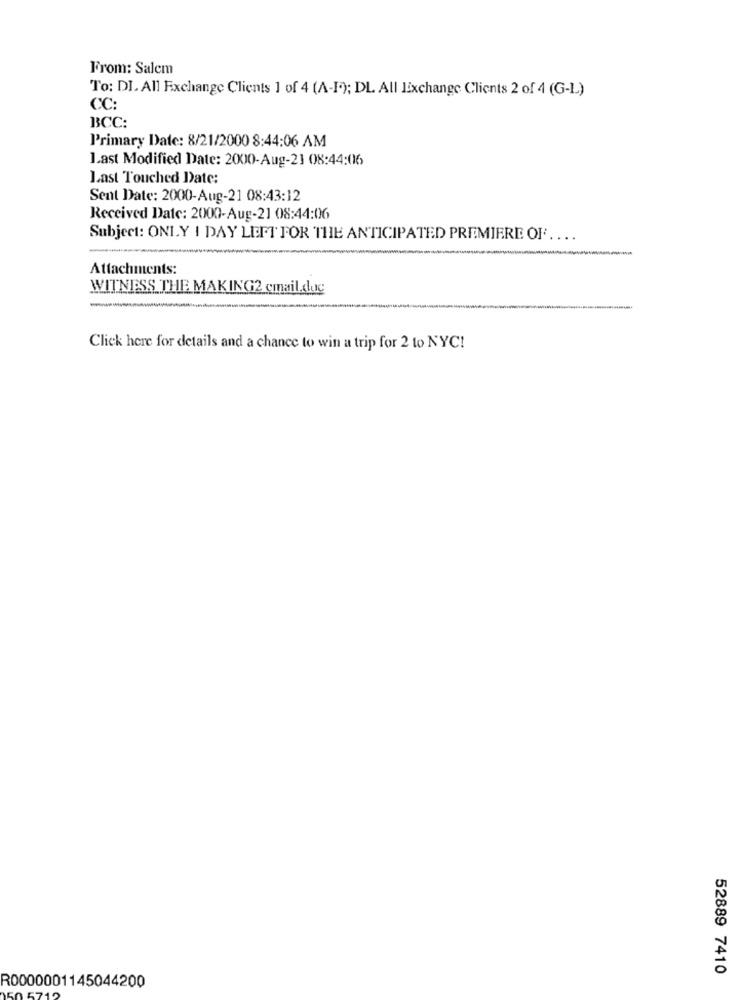
From: Salcm
To: DI. All Exchange Clients 1 of 4 (A-F); DL All IExchange Clients 2 of 4 (G-L)
CC:
BCC:
Primary Date: 8/21/2000 8:44:06 AM
Last Modified Date: 2000-Aug-23 08:44:06
Last Touched Date:
Sent Date: 2000-Aug-21 08:43:12
Received Date: 2000-Aug-21 08:44:06
Subject: ONLY I DAY LEFT FOR THE ANTICIPATED PREMIERE OF ....
-
Attachments:
WITNESS THE MAKING2 cmail.dug
--
Click here for details and a chance to win a trip for 2 to NYC!
52889 7410
R0000001145044200